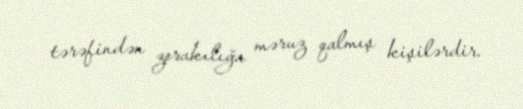
tərəfindən zorakılığa məruz qalmış kişilərdir.